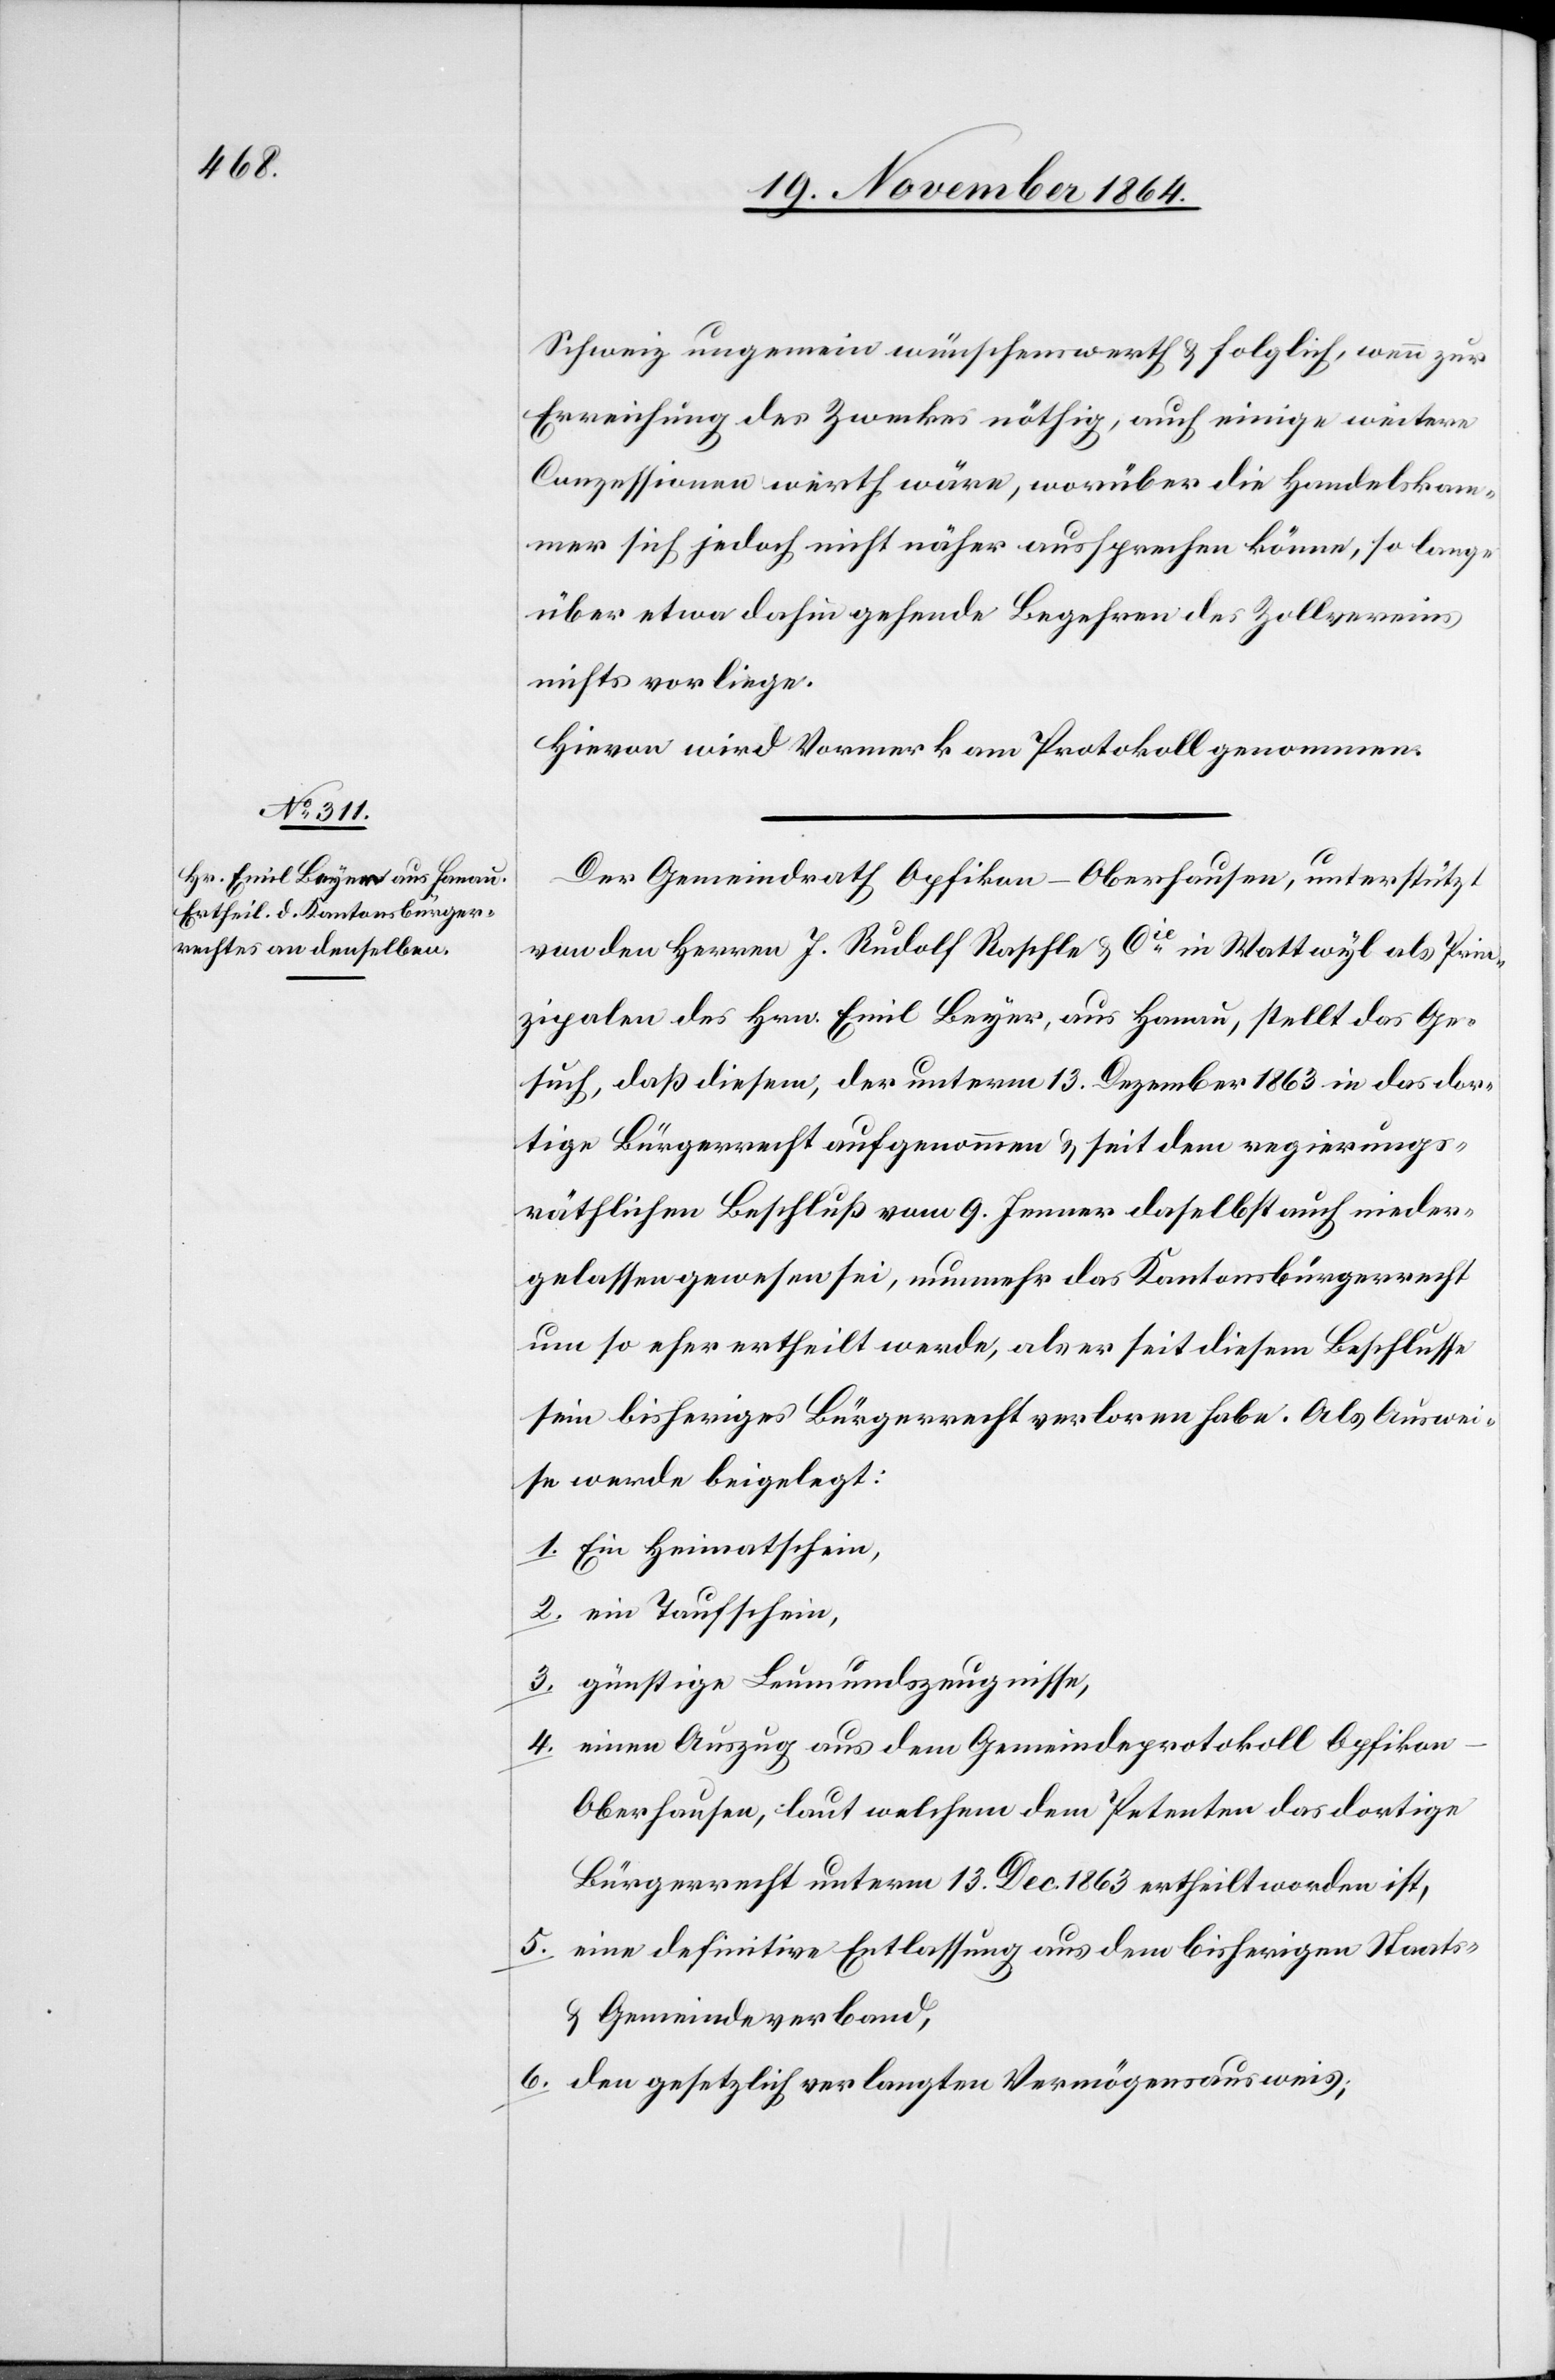
Schweiz ungemein wünschenswerth & folglich, wenn zur
Erreichung des Zweckes nöthig, auch einige weitere
Conzessionen werth wäre, worüber die Handelskam¬
mer sich jedoch nicht näher aussprechen könne, so lange
über etwa dahin gehende Begehren des Zollvereins
nichts vorliege.
Hievon wird Vormerk am Protokoll genommen.
Der Gemeindrath Opfikon-Oberhausen, unterstützt
von den Herren J. Rudolf Raschle & Cie in Wattwyl als Prin¬
zipalen des Hrn. Emil Beyer, aus Hanau, stellt das Ge¬
such, daß diesem, der unterm 13. Dezember 1863 in das dor¬
tige Bürgerrecht aufgenommen & seit dem regierungs¬
räthlichen Beschluß vom 9. Jenner daselbst auch nieder¬
gelassen gewesen sei, nunmehr das Kantonsbürgerrecht
um so eher ertheilt werde, als er seit diesem Beschlusse
sein bisheriges Bürgerrecht verloren habe. Als Auswei¬
se werde[n] beigelegt:
1. Ein Heimatschein,
2. ein Taufschein,
3. günstige Leumundszeugnisse,
4. einen Auszug aus dem Gemeindeprotokoll Opfiko¬
n-Oberhausen, laut welchem dem Petenten das dortige
Bürgerrecht unterm 13. Dec. 1863 ertheilt worden ist,
5. eine definitive Entlassung aus dem bisherigen Staats-
& Gemeindeverband,
6. den gesetzlich verlangten Vermögensausweis;